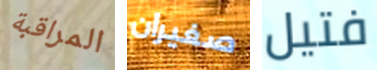
المراقبة صغيران فتيل